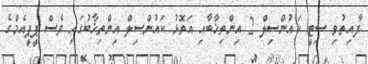
ފާއިތުވި ސިޓީ ކައުންސިލް 2 އިންތިޚާބާއި އަތޮޅު ކައުންސިލް އިންތިޚާބުގައި ވެސް ޕީޕީއެމްގެ